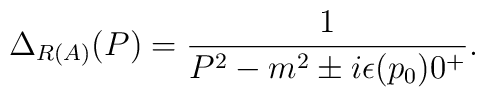
\Delta_{R (A)} (P) = \frac{1}{P^2 - m^2 \pm i \epsilon (p_0) 0^+} .